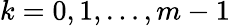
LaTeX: k=0,1,\ldots,m-1